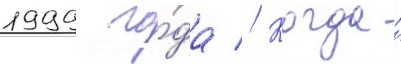
1999 го́да // Когда́